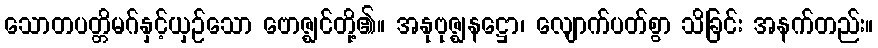
သောတပတ္တိမဂ်နှင့်ယှဉ်သော ဗောဇ္ဈင်တို့၏။ အနုဗုဇ္ဈနဋ္ဌော၊ လျောက်ပတ်စွာ သိခြင်း အနက်တည်း။